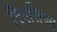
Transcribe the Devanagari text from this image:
रिएलिज्म